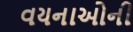
વયનાઓની